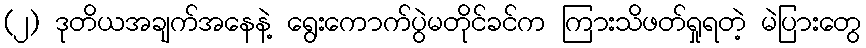
(၂) ဒုတိယအချက်အနေနဲ့ ရွေးကောက်ပွဲမတိုင်ခင်က ကြားသိဖတ်ရှုရတဲ့ မဲပြားတွေ